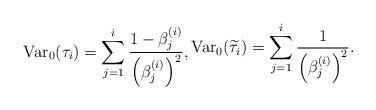
\begin{align*} \textnormal{Var}_0(\tau_i)=\sum_{j=1}^i\frac{1-\beta^{(i)}_j}{\left(\beta^{(i)}_j\right)^2},\begin{aligned} \textnormal{Var}_0(\widetilde{\tau}_i)=\sum_{j=1}^i\frac{1}{\left(\beta^{(i)}_j\right)^2}.\end{aligned}\end{align*}